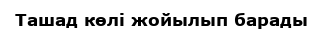
Ташад көлі жойылып барады